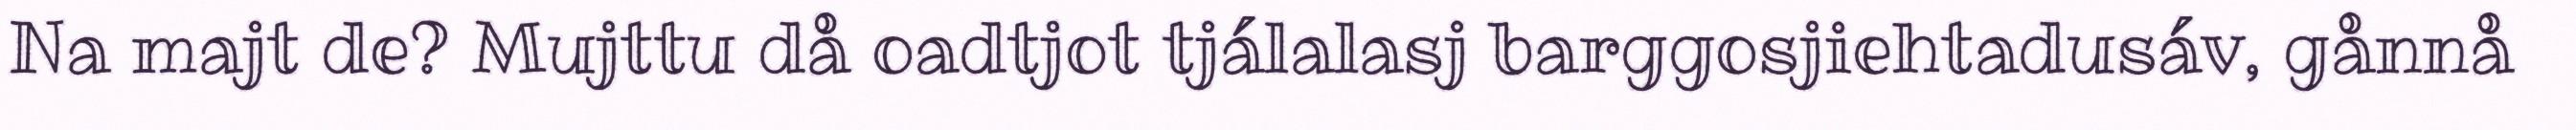
Na majt de? Mujttu då oadtjot tjálalasj barggosjiehtadusáv, gånnå